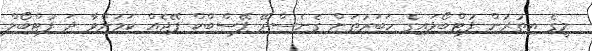
މީގެ އިތުރުން ފުޓްބޯޅައިގެ ހަބަރުތަށް ގެެނެސްދޭ ފޭސްބްކް ޕޭޖެއް ކަމަށްވާ ދަ ފުޓްބޯލް